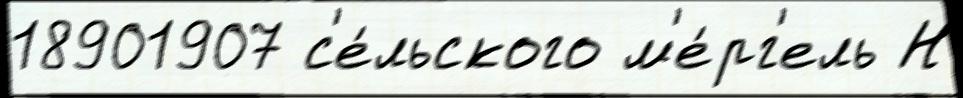
18901907 с'е́льского м'е́рг'ель Н